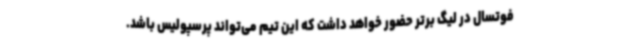
فوتسال در لیگ برتر حضور خواهد داشت که این تیم می‌تواند پرسپولیس باشد.